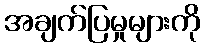
အချက်ပြမှုများကို